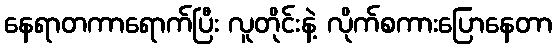
နေရာတကာရောက်ပြီး လူတိုင်းနဲ့ လိုက်စကားပြောနေတာ